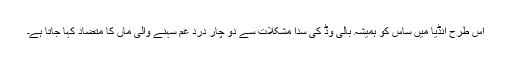
اس طرح انڈیا میں ساس کو ہمیشہ بالی وڈ کی سدا مشکلات سے دو چار درد غم سہنے والی ماں کا متضاد کہا جاتا ہے۔